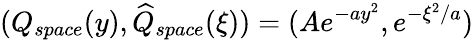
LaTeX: (Q_{space}(y),\widehat{Q}_{space}(\xi))=(Ae^{-ay^{2}},e^{-\xi^{2}/a})